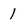
Character: 1